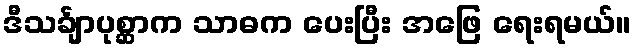
ဒီသင်္ချာပုစ္ဆာက သာဓက ပေးပြီး အဖြေ ရေးရမယ်။